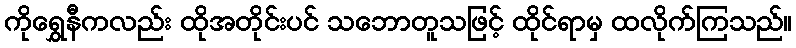
ကိုရွှေနီကလည်း ထိုအတိုင်းပင် သဘောတူသဖြင့် ထိုင်ရာမှ ထလိုက်ကြသည်။